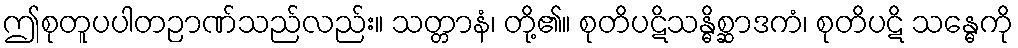
ဤစုတူပပါတဉာဏ်သည်လည်း။ သတ္တာနံ၊ တို့၏။ စုတိပဋိသန္ဓိစ္ဆာဒကံ၊ စုတိပဋိ သန္ဓေကို